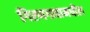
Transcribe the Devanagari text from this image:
गिरणगावामधील